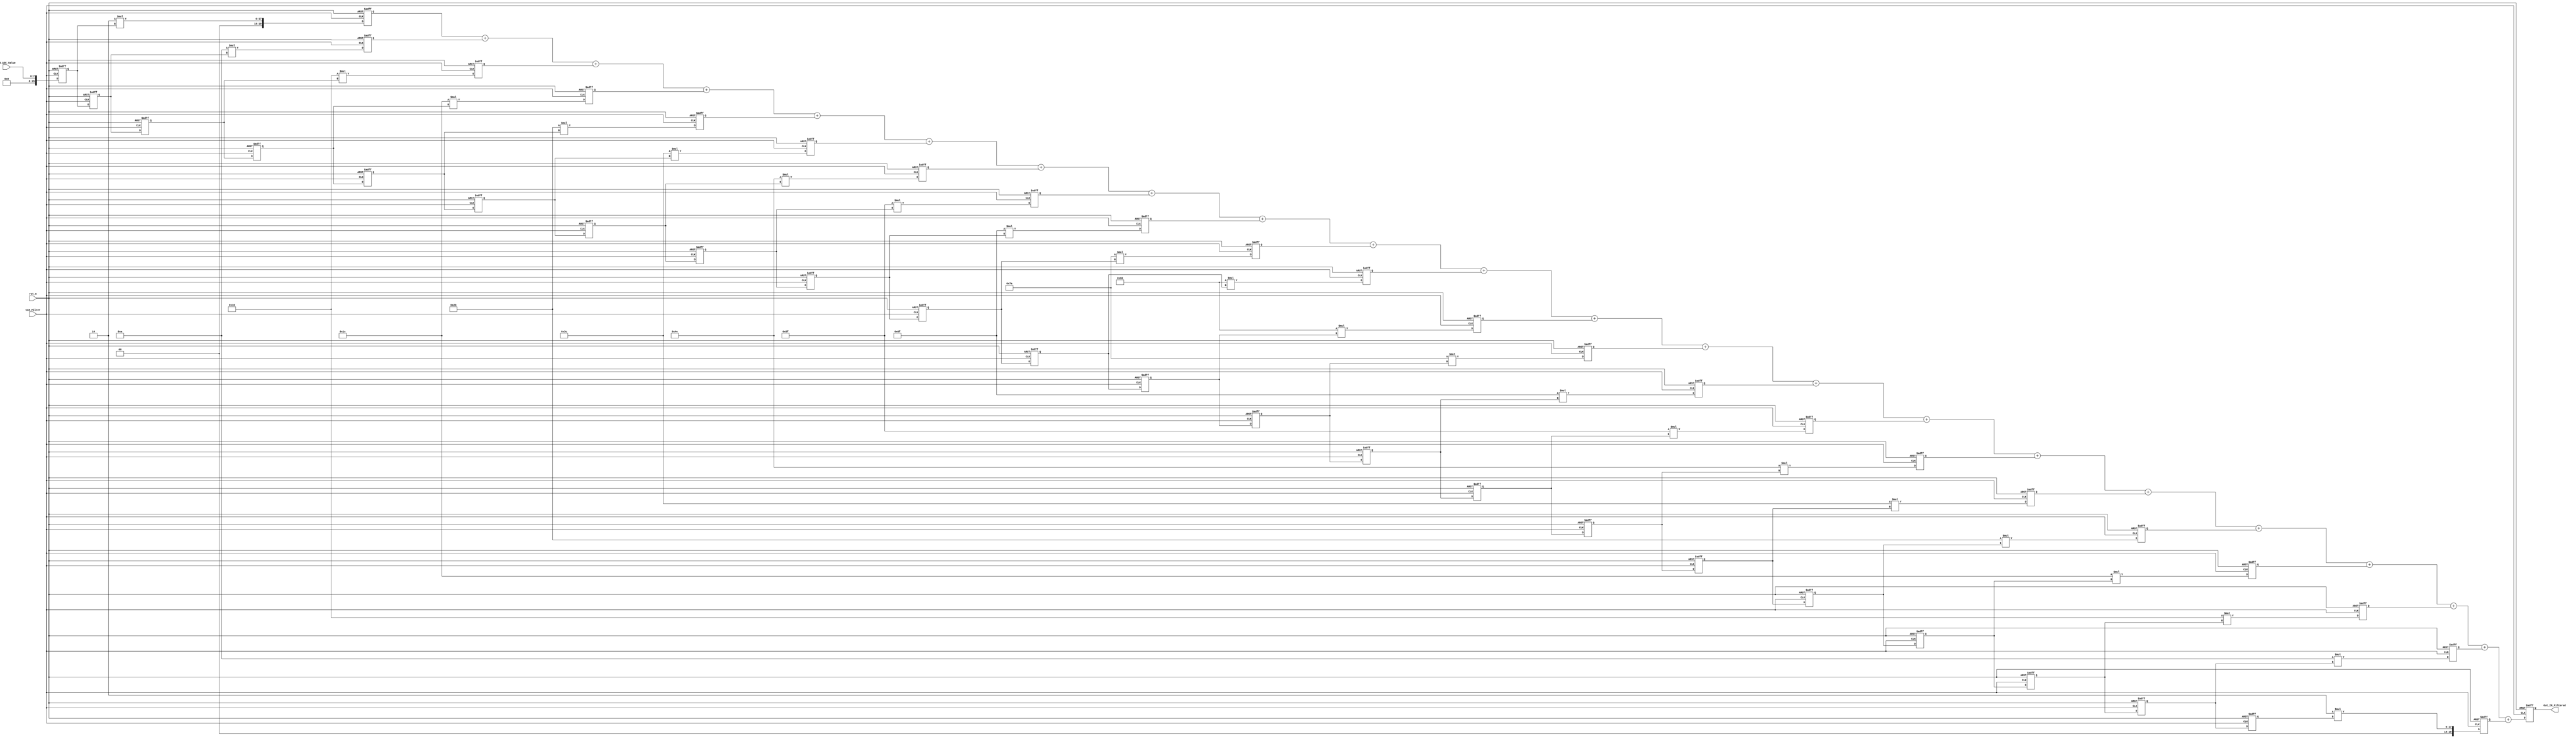
//Verilog HDL for "HDL_Lab_10", "FIR_Filter" "functional"
module FIR_Filter_version_1(
  input CLK_Filter,
  input rst_n,
  input wire[7:0] IR_ADC_Value,
  output reg[19:0] Out_IR_Filtered);

// parameter N = 4;
wire signed[8:0] coeffs[10:0];
reg [15:0] holderBefore[21:0];


// define multiplier

reg signed[31:0] product[21:0];

// assign coefficients: because we have a symmetric filter, we only need to reserve the half of coefficients

assign coeffs[0]=2;
assign coeffs[1]=10;
assign coeffs[2]=16;
assign coeffs[3]=28;
assign coeffs[4]=43;
assign coeffs[5]=60;
assign coeffs[6]=78;
assign coeffs[7]=95;
assign coeffs[8]=111;
assign coeffs[9]=122;
assign coeffs[10]= 128;



/*genvar i;

generate
for (i=0; i<N; i=i+1)
    begin: mult
        multiplier mult1(
          .dataa(coeffs[i]),		// h[k]
          .datab(holderBefore[i]),	// x[n-k]
          .result(toAdd[i]));		// temp_y[k]
    end
endgenerate
*/


always @(posedge CLK_Filter or posedge rst_n)
begin
    if(rst_n)
        begin
            
	holderBefore[21]     <= 0;
        holderBefore[20]     <= 0;
	holderBefore[19]     <= 0;
        holderBefore[18]     <= 0;
        holderBefore[17]     <= 0;
        holderBefore[16]     <= 0;
	holderBefore[15]     <= 0;
        holderBefore[14]     <= 0;
        holderBefore[13]     <= 0;
        holderBefore[12]     <= 0;
	holderBefore[11]     <= 0;
        holderBefore[10]     <= 0;
        holderBefore[9]     <= 0;
        holderBefore[8]     <= 0;
	holderBefore[7]     <=0;
        holderBefore[6]     <= 0;
        holderBefore[5]     <= 0;
        holderBefore[4]     <= 0;
        holderBefore[3]     <= 0;
        holderBefore[2]     <= 0;
        holderBefore[1]     <= 0;
        holderBefore[0]     <= 0;
        Out_IR_Filtered    <= 0;
        end
    else
        begin               
            
        holderBefore[21]     <= holderBefore[20];
       	holderBefore[20]     <= holderBefore[19];
	holderBefore[19]     <= holderBefore[18];
        holderBefore[18]     <= holderBefore[17];
        holderBefore[17]     <= holderBefore[16];
        holderBefore[16]     <= holderBefore[15];
	holderBefore[15]     <= holderBefore[14];
        holderBefore[14]     <= holderBefore[13];
        holderBefore[13]     <= holderBefore[12];
        holderBefore[12]     <= holderBefore[11];
	holderBefore[11]     <= holderBefore[10];
        holderBefore[10]     <= holderBefore[9];
       	holderBefore[9]     <= holderBefore[8];
        holderBefore[8]     <= holderBefore[7];
	holderBefore[7]     <= holderBefore[6];
        holderBefore[6]     <= holderBefore[5];
        holderBefore[5]     <= holderBefore[4];
        holderBefore[4]     <= holderBefore[3];
        holderBefore[3]     <= holderBefore[2];
        holderBefore[2]     <= holderBefore[1];
        holderBefore[1]     <= holderBefore[0];
        holderBefore[0]     <= IR_ADC_Value;
        Out_IR_Filtered <= (product[0] + product[1] + 
                              product[2] + product[3] + product[4] + product[5] + 
                              product[6] + product[7] + product[8] + product[9] + 
                              product[10] + product[11] + product[12] + product[13] + 
                              product[14] + product[15] + product[16] + product[17] + 
                              product[18] + product[19] + product[20] + product[21]);
        end
end

// implement product with coef 
always @(posedge CLK_Filter or posedge rst_n) begin
	if (rst_n) begin
		product[0] <= 0;
		product[1] <= 0;
		product[2] <= 0;
		product[3] <= 0;
		product[4] <= 0;
		product[5] <= 0;
		product[6] <= 0;
		product[7] <= 0;
		product[8] <= 0;
		product[9] <= 0;
		product[10] <= 0;
		product[11] <= 0;
		product[12] <= 0;
		product[13] <= 0;
		product[14] <= 0;
		product[15] <= 0;
		product[16] <= 0;
		product[17] <= 0;
		product[18] <= 0;
		product[19] <= 0;
		product[20] <= 0;
		product[21] <= 0;

	end
	else begin
		product[0] <= coeffs[0] * holderBefore[0];
		product[1] <= coeffs[1] * holderBefore[1];
		product[2] <= coeffs[2] * holderBefore[2];
		product[3] <= coeffs[3] * holderBefore[3];
		product[4] <= coeffs[4] * holderBefore[4];
		product[5] <= coeffs[5] * holderBefore[5];
		product[6] <= coeffs[6] * holderBefore[6];
		product[7] <= coeffs[7] * holderBefore[7];
		product[8] <= coeffs[8] * holderBefore[8];
		product[9] <= coeffs[9] * holderBefore[9];
		product[10] <= coeffs[10] * holderBefore[10];
		product[11] <= coeffs[10] * holderBefore[11];
		product[12] <= coeffs[9] * holderBefore[12];
		product[13] <= coeffs[8] * holderBefore[13];
		product[14] <= coeffs[7] * holderBefore[14];
		product[15] <= coeffs[6] * holderBefore[15];
		product[16] <= coeffs[5] * holderBefore[16];
		product[17] <= coeffs[4] * holderBefore[17];
		product[18] <= coeffs[3] * holderBefore[18];
		product[19] <= coeffs[2] * holderBefore[19];
		product[20] <= coeffs[1] * holderBefore[20];
		product[21] <= coeffs[0] * holderBefore[21];
			
	end
end



endmodule

/*module multiplier(
          dataa,		// h[k]
          datab,	// x[n-k]
          result );	

output [15:0] result;
	input  [15:0] dataa;
	input  [15:0] datab;



	assign result = dataa*datab;

endmodule
*/